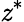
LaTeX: \mathit{z}^{*}